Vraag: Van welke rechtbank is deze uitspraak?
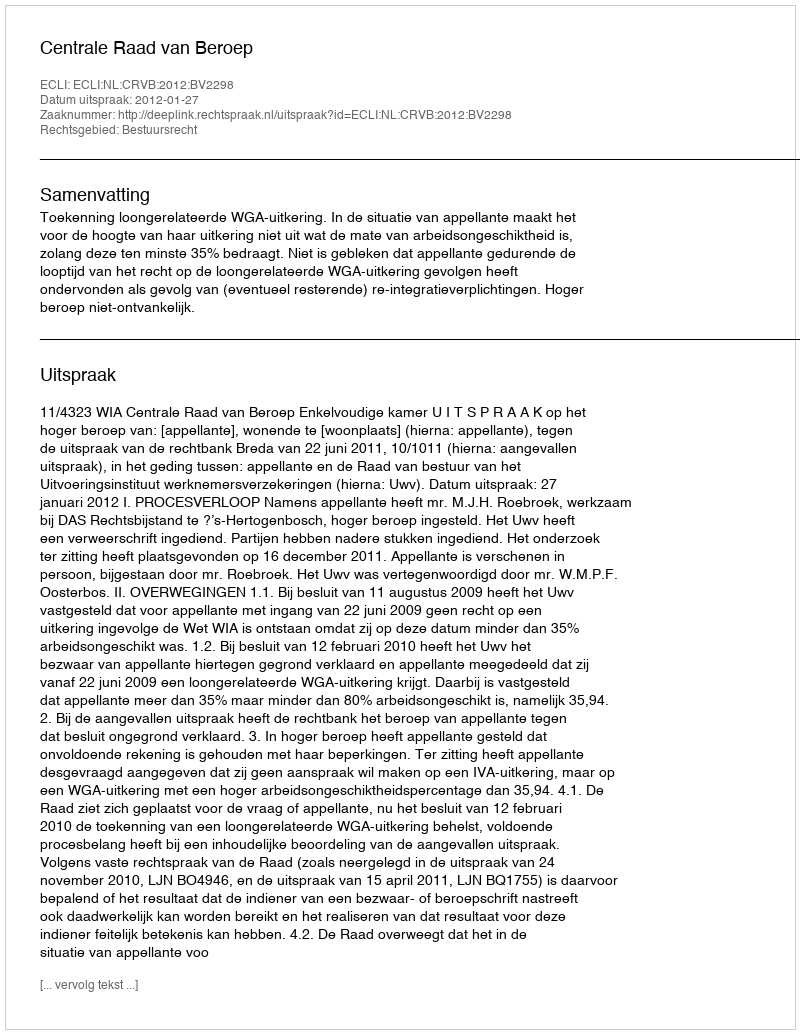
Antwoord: Centrale Raad van Beroep